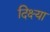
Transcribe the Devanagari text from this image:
दिक्ष्या